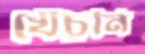
খেঁচুনি